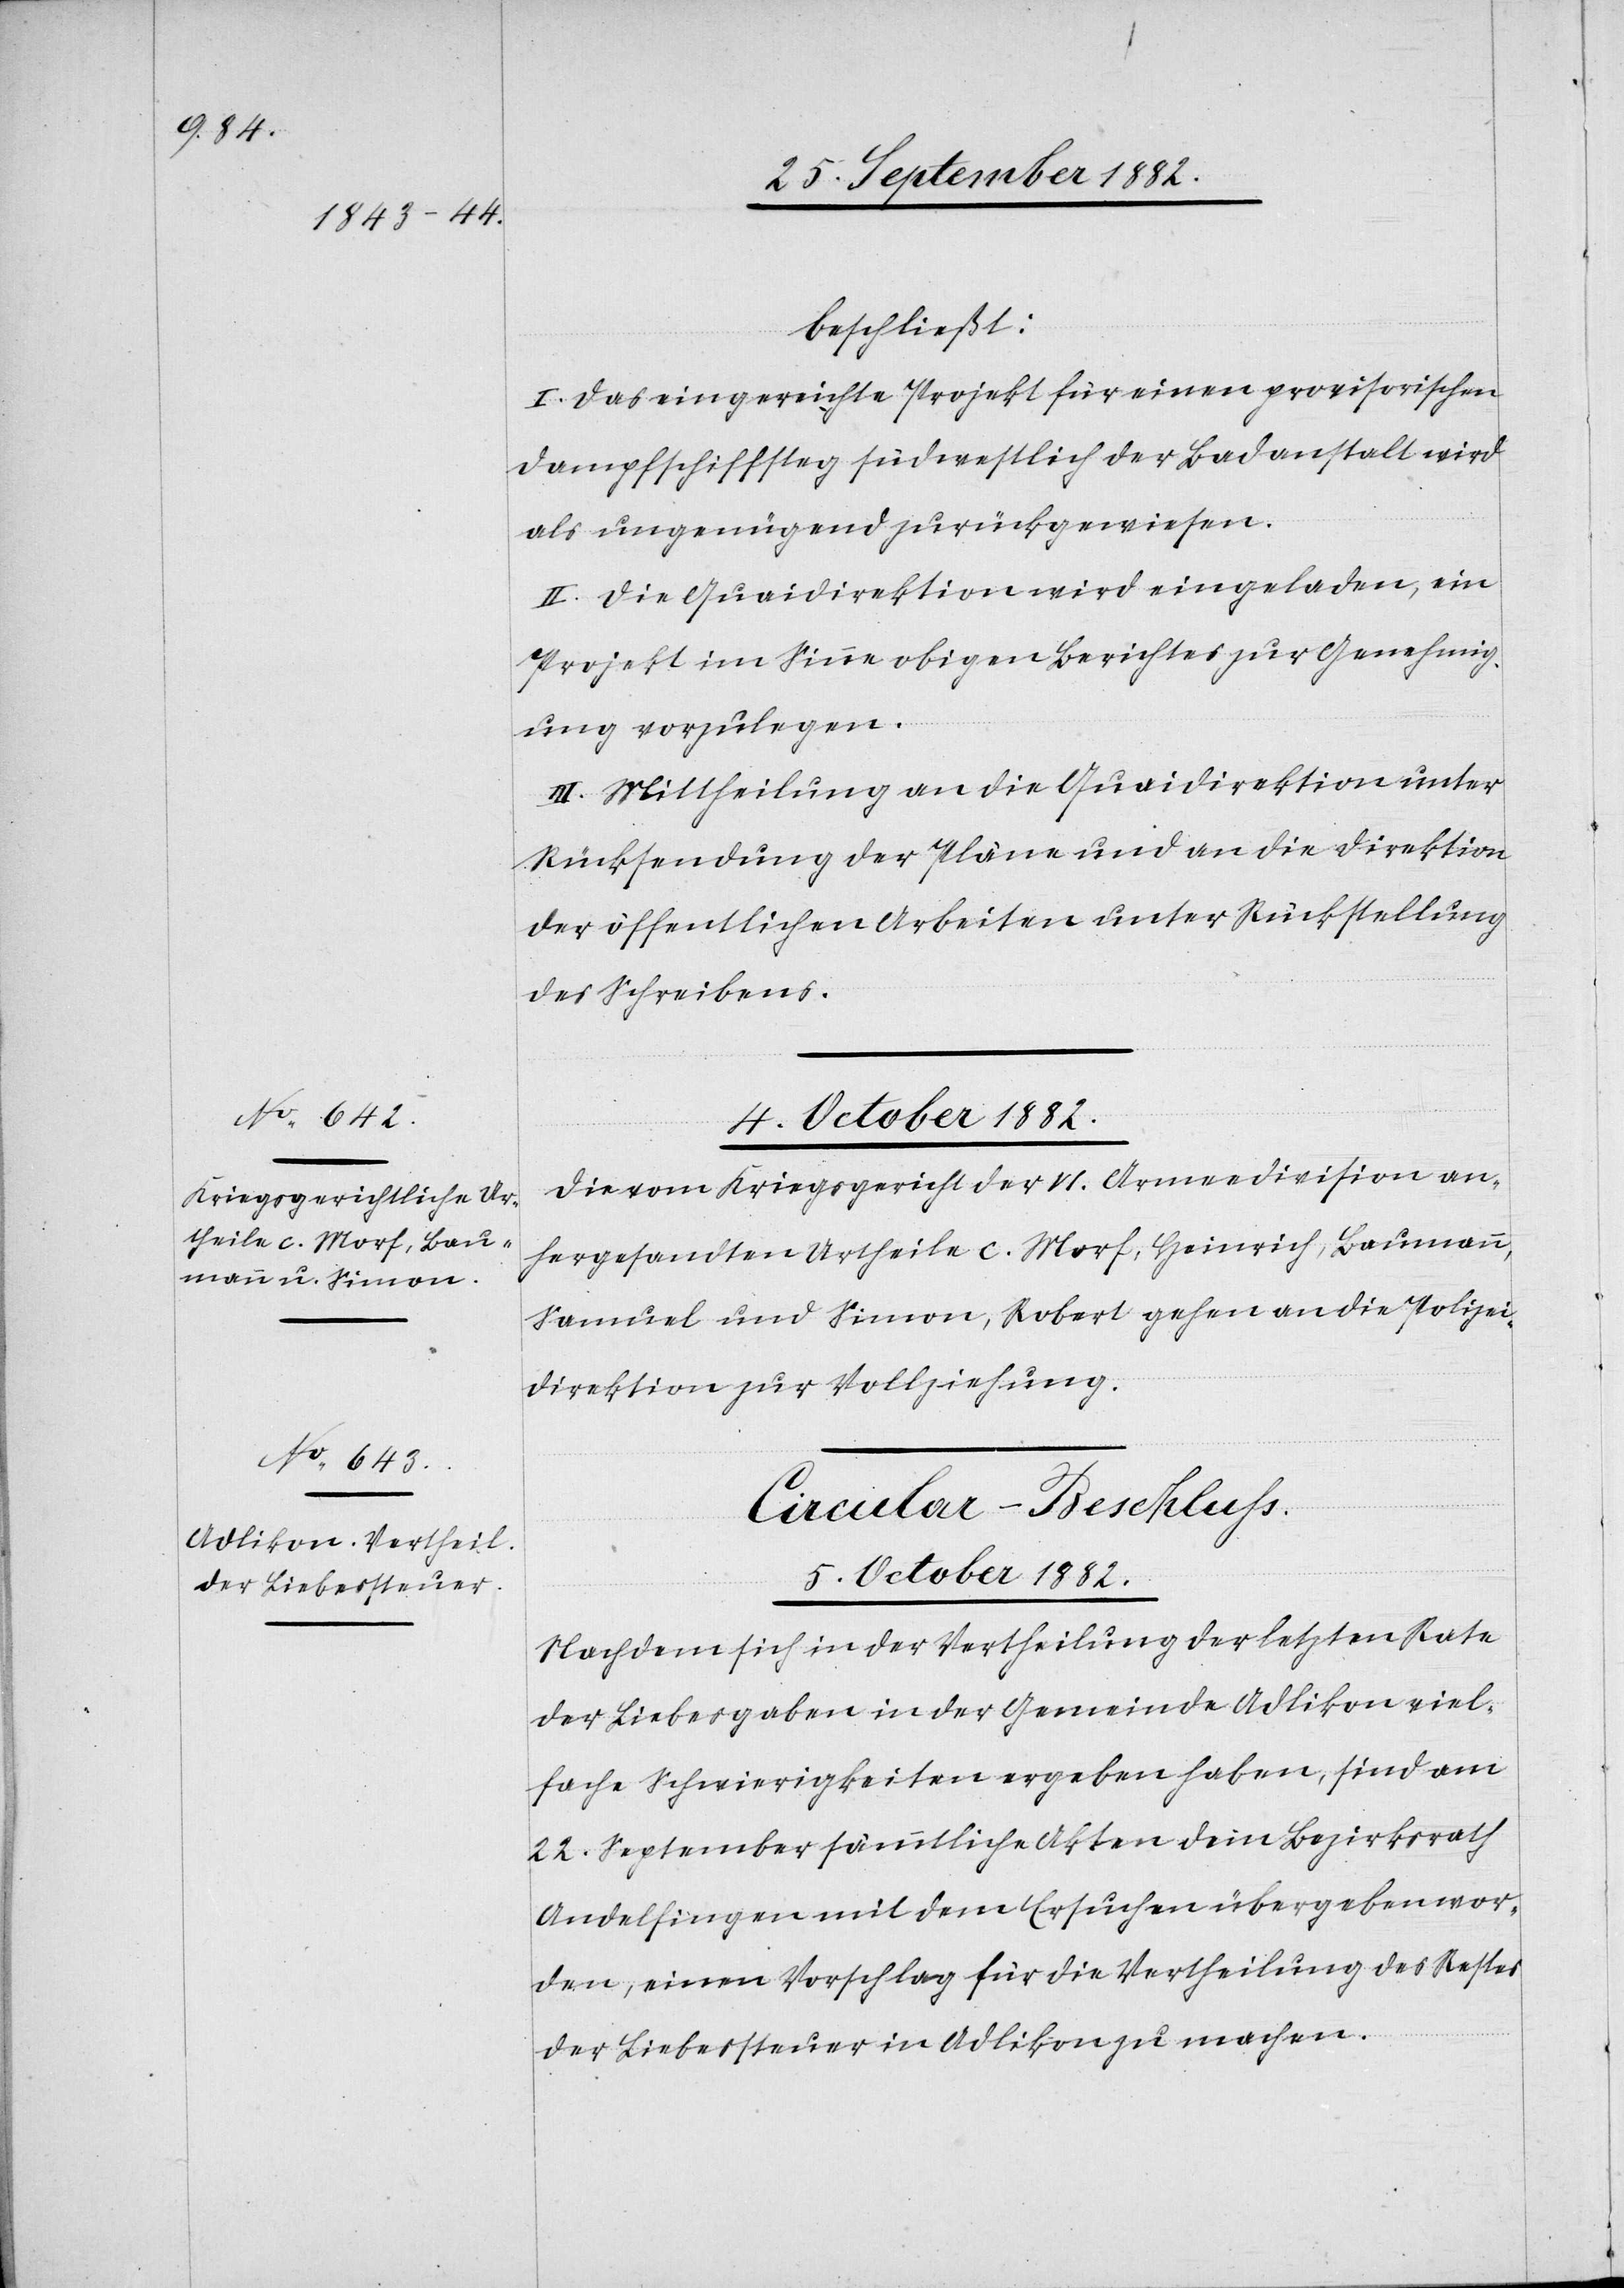
beschließt:
I. Das eingereichte Projekt für einen provisorischen
Dampfschiffsteg südwestlich der Badanstalt wird
als ungenügend zurückgewiesen.
II. Die Quaidirektion wird eingeladen, ein
Projekt im Sinne obigen Berichtes zur Genehmig¬
ung vorzulegen.
III. Mittheilung an die Quaidirektion unter
Rücksendung der Pläne und an die Direktion
der öffentlichen Arbeiten unter Rückstellung
des Schreibens.
4. October 1882.
Die vom Kriegsgericht der VI. Armeedivision an¬
hergesandten Urtheile c. Morf, Heinrich, Baumann,
Samuel und Simon, Robert, gehen an die Polizei¬
direktion zur Vollziehung.
Circular-Beschluß.
5. October 1882.
Nachdem sich in der Vertheilung der letzten Rate
der Liebesgaben in der Gemeinde Adlikon viel¬
fache Schwierigkeiten ergeben haben, sind am
22. September sämmtliche Akten dem Bezirksrath
Andelfingen mit dem Ersuchen übergeben wor¬
den, einen Vorschlag für die Vertheilung des Restes
der Liebessteuer in Adlikon zu machen.